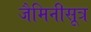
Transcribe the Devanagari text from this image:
जैमिनीसूत्र